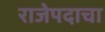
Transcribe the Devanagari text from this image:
राजेपदाचा